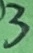
Text: 3